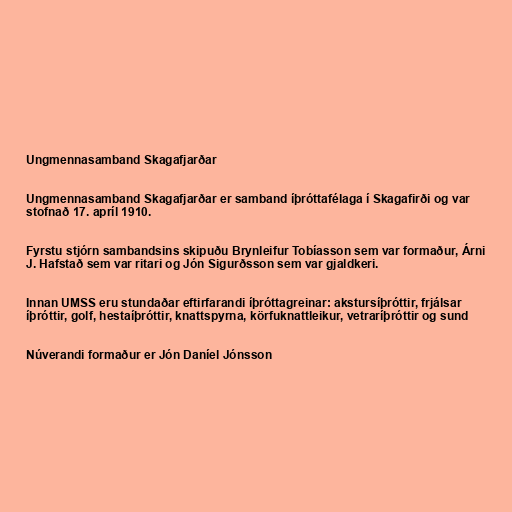
Ungmennasamband Skagafjarðar

Ungmennasamband Skagafjarðar er samband íþróttafélaga í Skagafirði og var
stofnað 17. apríl 1910.

Fyrstu stjórn sambandsins skipuðu Brynleifur Tobíasson sem var formaður, Árni
J. Hafstað sem var ritari og Jón Sigurðsson sem var gjaldkeri.

Innan UMSS eru stundaðar eftirfarandi íþróttagreinar: akstursíþróttir, frjálsar
íþróttir, golf, hestaíþróttir, knattspyrna, körfuknattleikur, vetraríþróttir og sund

Núverandi formaður er Jón Daníel Jónsson